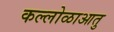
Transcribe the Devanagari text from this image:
कल्लोळाआतु